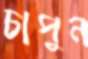
চাপুন